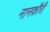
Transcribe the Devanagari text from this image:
नानकौरी